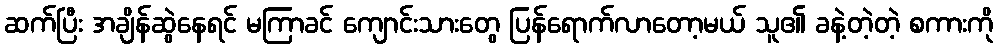
ဆက်ပြီး အချိန်ဆွဲနေရင် မကြာခင် ကျောင်းသားတွေ ပြန်ရောက်လာတော့မယ် သူ၏ ခနဲ့တဲ့တဲ့ စကားကို